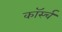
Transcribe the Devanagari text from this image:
कॉर्स्च